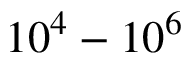
1 0 ^ { 4 } - 1 0 ^ { 6 }